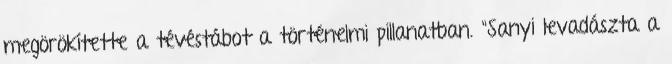
megörökítette a tévéstábot a történelmi pillanatban. "Sanyi levadászta a